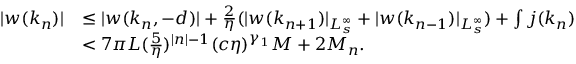
\begin{array} { r l } { \vert w ( k _ { n } ) \vert } & { \le \vert w ( k _ { n } , - d ) \vert + \frac 2 \eta ( \vert w ( k _ { n + 1 } ) \vert _ { L _ { s } ^ { \infty } } + \vert w ( k _ { n - 1 } ) \vert _ { L _ { s } ^ { \infty } } ) + \int j ( k _ { n } ) } \\ & { < 7 \pi L ( \frac 5 \eta ) ^ { \vert n \vert - 1 } ( c \eta ) ^ { \gamma _ { 1 } } M + 2 M _ { n } . } \end{array}